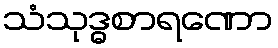
သံသုဒ္ဓစာရဏော